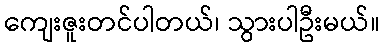
ကျေးဇူးတင်ပါတယ်၊ သွားပါဦးမယ်။